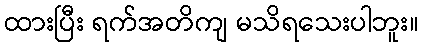
ထားပြီး ရက်အတိကျ မသိရသေးပါဘူး။